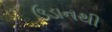
ઉડાનથી